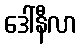
ဒေါ်နီလာ